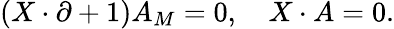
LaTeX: \left(X\cdot\partial+1\right)A_{M}=0,\quad X\cdot A=0.